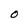
Character: 0